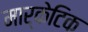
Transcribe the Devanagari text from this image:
मार्केटिक